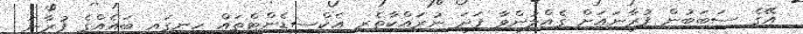
އޭގެ ސަބަބުން ފުރާނައަށް ގެއްލުންވާ ފަދަ ނުރައްކާތެރި އެކްސިޑެންޓްތައް ހިނގައި ބައެއްގެ ފުރާނަ